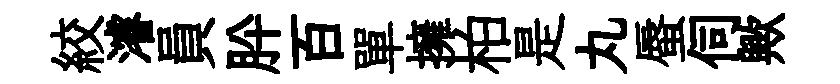
絞濬員肸百單擁柏是丸蜃伺歟